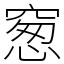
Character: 䆫